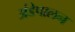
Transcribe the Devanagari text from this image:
अंडेपालन